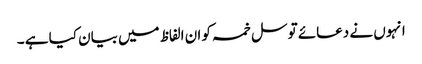
انہوں نے دعائے توسل خمسہ کو ان الفاظ میں بیان کیا ہے ۔